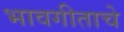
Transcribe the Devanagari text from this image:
भावगीताचे